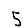
Digit: 5